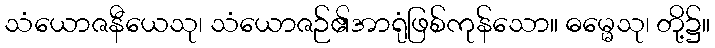
သံယောဇနီယေသု၊ သံယောဇဉ်၏အာရုံဖြစ်ကုန်သော။ ဓမ္မေသု၊ တို့၌။